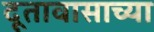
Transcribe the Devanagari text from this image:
दूतावासाच्या